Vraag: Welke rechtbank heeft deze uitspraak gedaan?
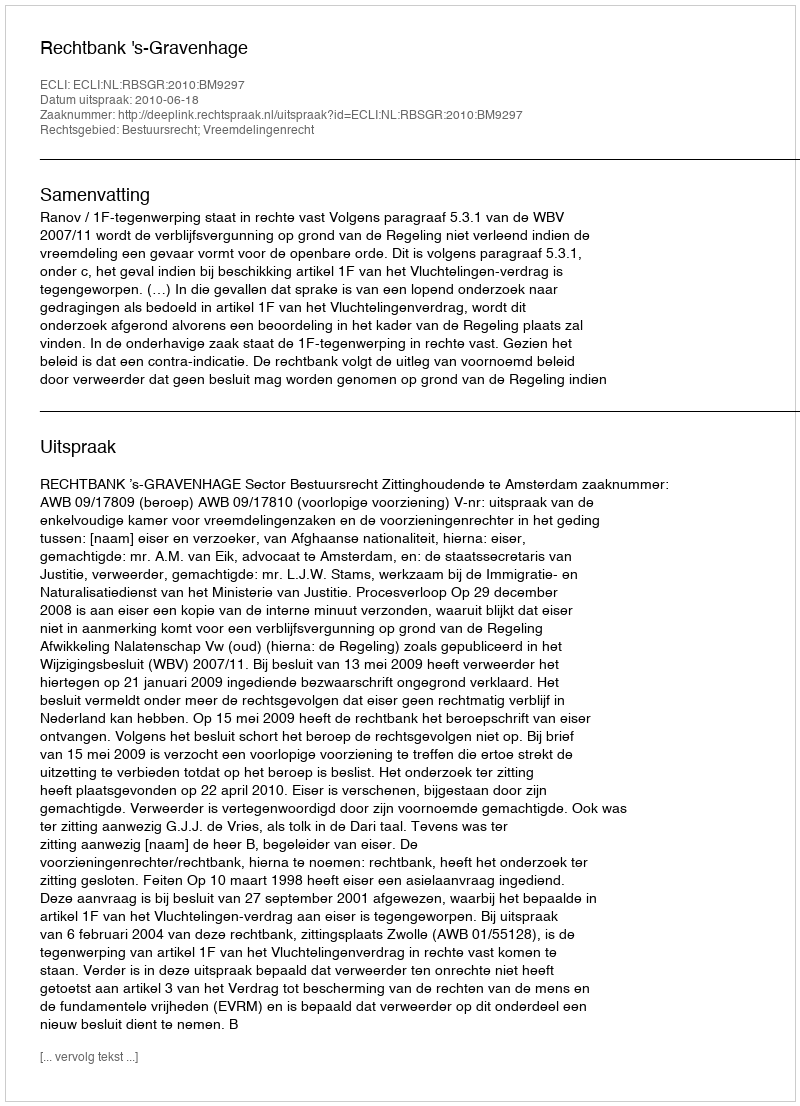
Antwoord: Rechtbank 's-Gravenhage